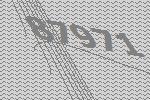
87971